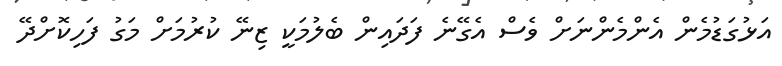
އަޅުގަޑުމެން އެންމެންނަށް ވެސް އެގޭނެ ފަދައިން ބެލުމަކީ ޒިނޭ ކުރުމަށް މަގު ފަހިކޮށްދޭ